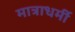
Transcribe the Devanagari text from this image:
मात्राधर्मी